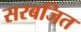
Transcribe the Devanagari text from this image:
सरबजित